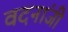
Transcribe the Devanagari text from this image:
वदनांजी